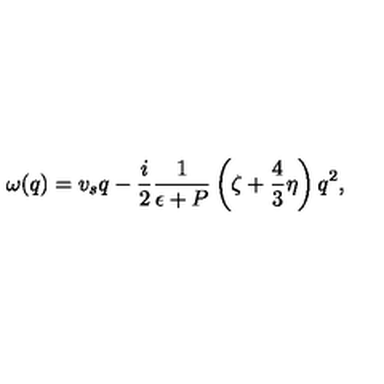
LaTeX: \omega ( q ) = v _ { s } q - \frac i 2 \frac 1 { \epsilon + P } \left( \zeta + \frac 4 3 \eta \right) q ^ { 2 } ,